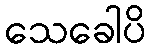
သေခေါပိ